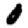
Digit: 0